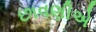
છાવણીએ